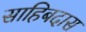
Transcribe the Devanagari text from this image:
साहिबदास